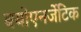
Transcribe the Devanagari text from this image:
बयोएनर्जेटिक